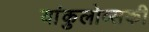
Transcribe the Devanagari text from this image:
यांकुलोव्सकी